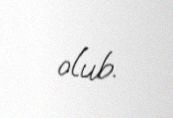
olub.